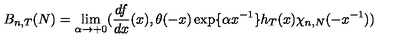
B _ { n , T } ( N ) = \lim _ { \alpha \rightarrow + 0 } ( \frac { d f } { d x } ( x ) , \theta ( - x ) \exp \{ \alpha x ^ { - 1 } \} h _ { T } ( x ) \chi _ { n , N } ( - x ^ { - 1 } ) )